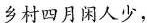
乡村四月闲人少，